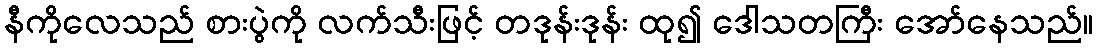
နီကိုလေသည် စားပွဲကို လက်သီးဖြင့် တဒုန်းဒုန်း ထု၍ ဒေါသတကြီး အော်နေသည်။